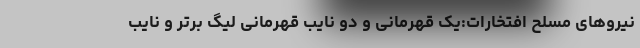
نیروهای مسلح افتخارات:یک قهرمانی و دو نایب قهرمانی لیگ برتر و نایب